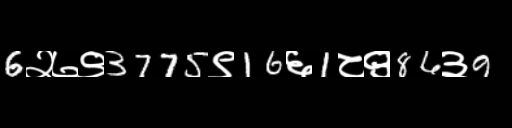
Text: 6२७९3775९16६1८९86३9